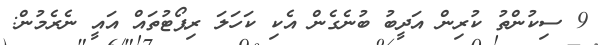
9 ސިކުންތު ކުރިން އަދީބު ބުނެގެން އެކި ކަހަލަ ރިޕޯޓުތައް އައީ ނެރެމުން: